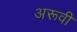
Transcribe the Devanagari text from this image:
अरूवी